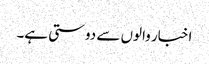
اخبار والوں سے دوستی ہے۔